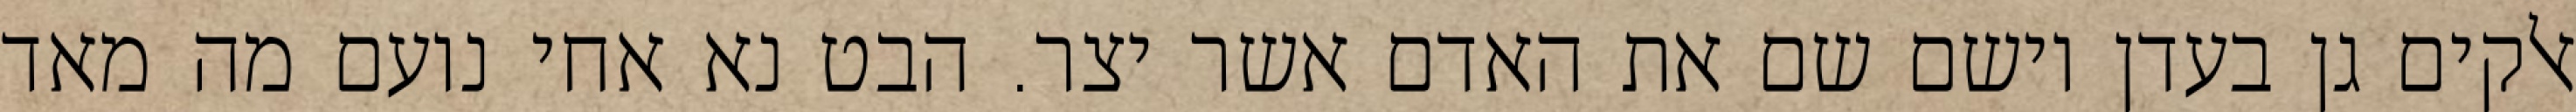
אלקים גן בעדן וישם שם את האדם אשר יצר. הבט נא אחי נועם מה מאד